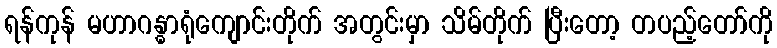
ရန်ကုန် မဟာဂန္ဓာရုံကျောင်းတိုက် အတွင်းမှာ သိမ်တိုက် ပြီးတော့ တပည့်တော်ကို